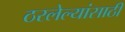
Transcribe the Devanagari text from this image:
ठरलेल्यांसाठी